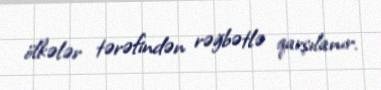
ölkələr tərəfindən rəğbətlə qarşılanır.